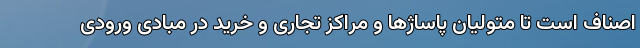
اصناف است تا متولیان پاساژ‌ها و مراکز تجاری و خرید در مبادی ورودی